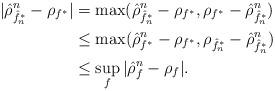
LaTeX: \begin{align*}|\hat{\rho}^n_{\hat{f}_n^{*}} - \rho_{f^{*}}| &= \max (\hat{\rho}^n_{\hat{f}_n^{*}} - \rho_{f^{*}}, \rho_{f^{*}} - \hat{\rho}^n_{\hat{f}_n^{*}}) \\&\leq \max (\hat{\rho}^n_{f^{*}} - \rho_{f^{*}}, \rho_{\hat{f}^{*}_n} - \hat{\rho}^n_{\hat{f}_n^{*}}) \\&\leq \sup_f |\hat{\rho}^n_f - \rho_f|. \end{align*}